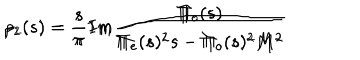
LaTeX: \rho _ { 1 } ( s ) = \frac { s } { \pi } I m \frac { \Pi _ { e } ( s ) } { \Pi _ { e } ( s ) ^ { 2 } s - \Pi _ { o } ( s ) ^ { 2 } M ^ { 2 } } \hspace { 2 c m } \rho _ { 2 } ( s ) = \frac { s } { \pi } I m \frac { \Pi _ { o } ( s ) } { \Pi _ { e } ( s ) ^ { 2 } s - \Pi _ { o } ( s ) ^ { 2 } M ^ { 2 } }